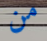
من